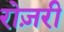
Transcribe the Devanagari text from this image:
रोज़री